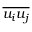
\overline { { u _ { i } u _ { j } } }